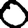
Digit: 0